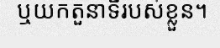
ឬយកតួនាទីរបស់ខ្លួន។